Materia medica of Madras volume I
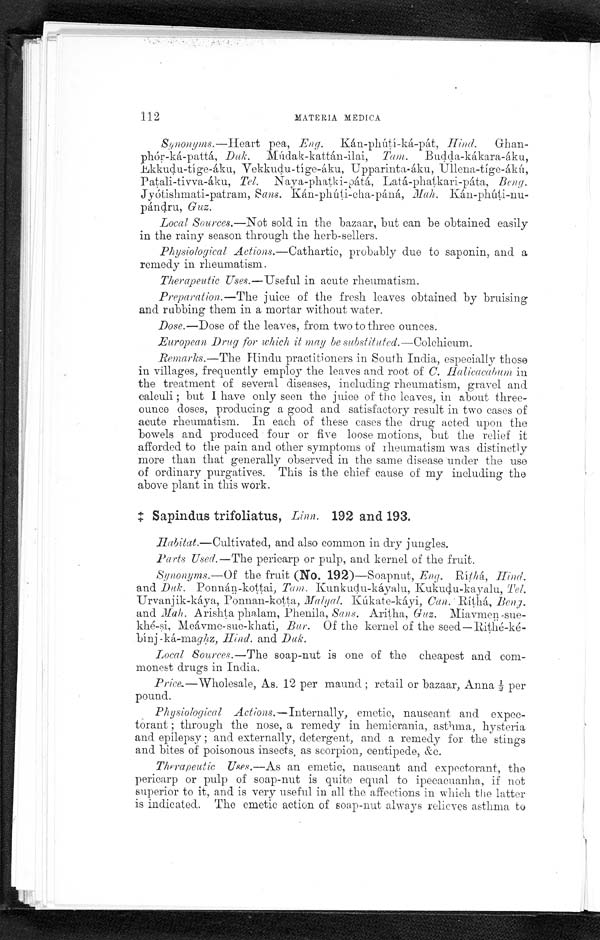
112
MATERIA MEDICA
Synonyms.—Heart pea, Eng. Kán-phútí-ká-pát, Hind. Ghan
- p h ó r - k á - p a t t á ,
D u k .
M ú d a k - k a t t á n - i l a i ,
T a m .
B u d d a - k á k a r a - á k u ,
E k k u d u - t í g e - á k u , V e k k u d u - t í g e - á k u , U p p a r i n t a - á k u , U l l e n a - t í g e - á k ú ,
Patali-tivva-áku, Tel. Naya-phatki-pátá, Latá-phatkari-páta, Beng.
Jyótishmati-patram, Sans. Kán-phúti-cha-páná,
M a h .
K á n - p h ú t i - n u - p á n d r u ,
G u z .
Local Sources.—Not sold in the bazaar, but can be obtained easily
in the rainy season through the herb-sellers.
Physiological Actions.—Cathartic,probably due to saponin, and a
remedy in rheumatism.
Therapeutic Uses.—Useful in acute rheumatism.
Preparation.—The juice of the fresh leaves obtained by bruising
and rubbing them in a mortar without water.
Dose.—Dose of the leaves, from two to three ounces.
European Drug for which it may be substituted.—Colchicum.
Remarks.—The Hindu practitioners in South India, especially those
in villages, frequently employ the leaves and root of C. Halicacabum in
the treatment of several diseases, including rheumatism, gravel and
calculi ; but I have only seen the juice of the leaves, in about three-
ounce doses, producing a good and satisfactory result in two cases of
acute rheumatism. In each of these cases the drug acted upon the
bowels and produced four or five loose motions, but the relief it
afforded to the pain and other symptoms of rheumatism was distinctly
more than that generally observed in the same disease under the use
of ordinary purgatives. This is the chief cause of my including the
above plant in this work.
‡ Sapindus trifoliatus, Linn. 192 and 193.
Habitat.—Cultivated, and also common in dry jungles.
Parts Used.—The pericarp or pulp, and kernel of the fruit.
Synonyms.—Of the fruit (No. 192)—Soapnut, Eng. Ríthá, H ind.
and Duk. Ponná-kottai, Tam. Kunkudu-káyalu, Kukudu-kayalu, Tel.
Urvanjik-káya, Ponnan-kotta, Malyal. Kúkate-káyi, Can. Ríthá, Ben
g. and Mah. Arishta phalam Phenila, Sans. Aritha, Guz. Miavmen-sue
-khé-si, Meávme-sue-khati, Bur. Of the kernel of the seed—Rithé-k
é-bínj-ká-maghz, Hind. and Duk.
Local Sources.—The soap-nut is one of the cheapest and com-
-monest drugs in India.
Price.—Wholesale, As. 12 per maund ; retail or bazaar, Anna ½per
pound.
Physiological Actions.—Internally, emetic, nauseant and expec-
- t o r a n t ; t h r o u g h t h e n o s e , a r e m e d y i n h e m i c r a n i a , a s t h m a , h y s t e r i a
and epilepsy ; and externally, detergent, and a remedy for the stings
and bites of poisonous insects , as scorpion, centipede, &e.
Therapeutic Uses.— As an emetic, nauseant and expectorant, the
pericarp or pulp of soap-nut is quite equal to ipecacuanha, if not
superior to it, and is very useful in all the affections in which the latter
is indicated. The emetic action of soap-nut always relieves asthma to